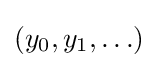
\left(y_{0},y_{1},\ldots \right)